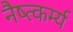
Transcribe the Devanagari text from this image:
नैष्त्कर्म्य